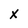
Character: X